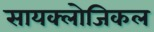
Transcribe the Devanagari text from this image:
सायक्लोजिकल